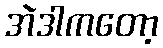
အဲဒါကတော့